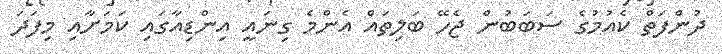
ދުންފަތް ކެއުމުގެ ސަބަބުން ޖެހޭ ބަލިތައް އެންމެ ގިނައީ އިންޑިއާގައި ކަމަށާއި މިފަދަ